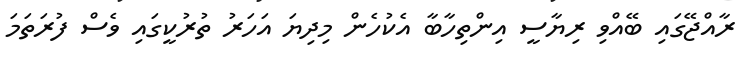
ރާއްޖޭގައި ބޭއްވި ރިޔާސީ އިންތިހާބާ އެކުހެން މިދިޔަ އަހަރު ތުރުކީގައި ވެސް ފުރަތަމަ